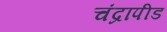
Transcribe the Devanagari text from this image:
चंद्रापीड